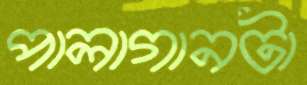
পালাগানটা